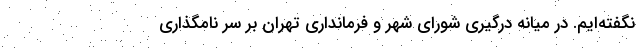
نگفته‌ایم. در میانه درگیری شورای شهر و فرمانداری تهران بر سر نامگذاری